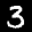
Label: 3